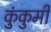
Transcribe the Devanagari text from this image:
कुंकुमी